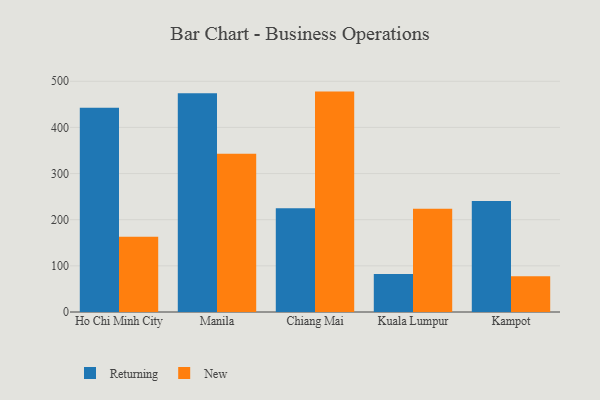
{"axis": {"x": "City", "y": "Latency (ms)"}, "legend": ["New", "Returning"], "data": [{"x": "Ho Chi Minh City", "y": 442.5, "type": "Returning"}, {"x": "Ho Chi Minh City", "y": 163.0, "type": "New"}, {"x": "Manila", "y": 474.0, "type": "Returning"}, {"x": "Manila", "y": 343.0, "type": "New"}, {"x": "Chiang Mai", "y": 225.0, "type": "Returning"}, {"x": "Chiang Mai", "y": 477.6, "type": "New"}, {"x": "Kuala Lumpur", "y": 82.5, "type": "Returning"}, {"x": "Kuala Lumpur", "y": 223.9, "type": "New"}, {"x": "Kampot", "y": 240.4, "type": "Returning"}, {"x": "Kampot", "y": 77.6, "type": "New"}]}